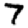
Digit: 7